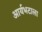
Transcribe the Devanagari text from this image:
आर्यभटाला